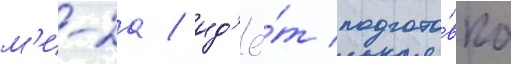
м'и-2а / ид'ё́т подгото́вка